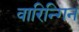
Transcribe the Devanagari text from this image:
वारिन्गिन